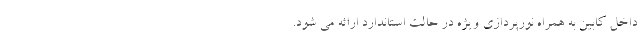
داخل کابین به همراه نورپردازی ویژه در حالت استاندارد ارائه می شود.